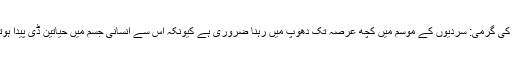
سورج کی گرمی: سردیوں کے موسم میں کچھ عرصہ تک دھوپ میں رہنا ضروری ہے کیونکہ اس سے انسانی جسم میں حیاتین ڈی پیدا ہوتی ہے۔